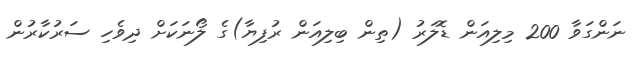
ނަންގަވާ 200 މިލިއަން ޑޮލަރު (ތިން ބިލިއަން ރުފިޔާ)ގެ ލޯނަކަށް ދިވެހި ސަރުކާރުން